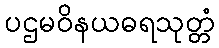
ပဌမဝိနယဓရသုတ္တံ